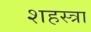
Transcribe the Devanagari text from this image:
शहस्त्रा